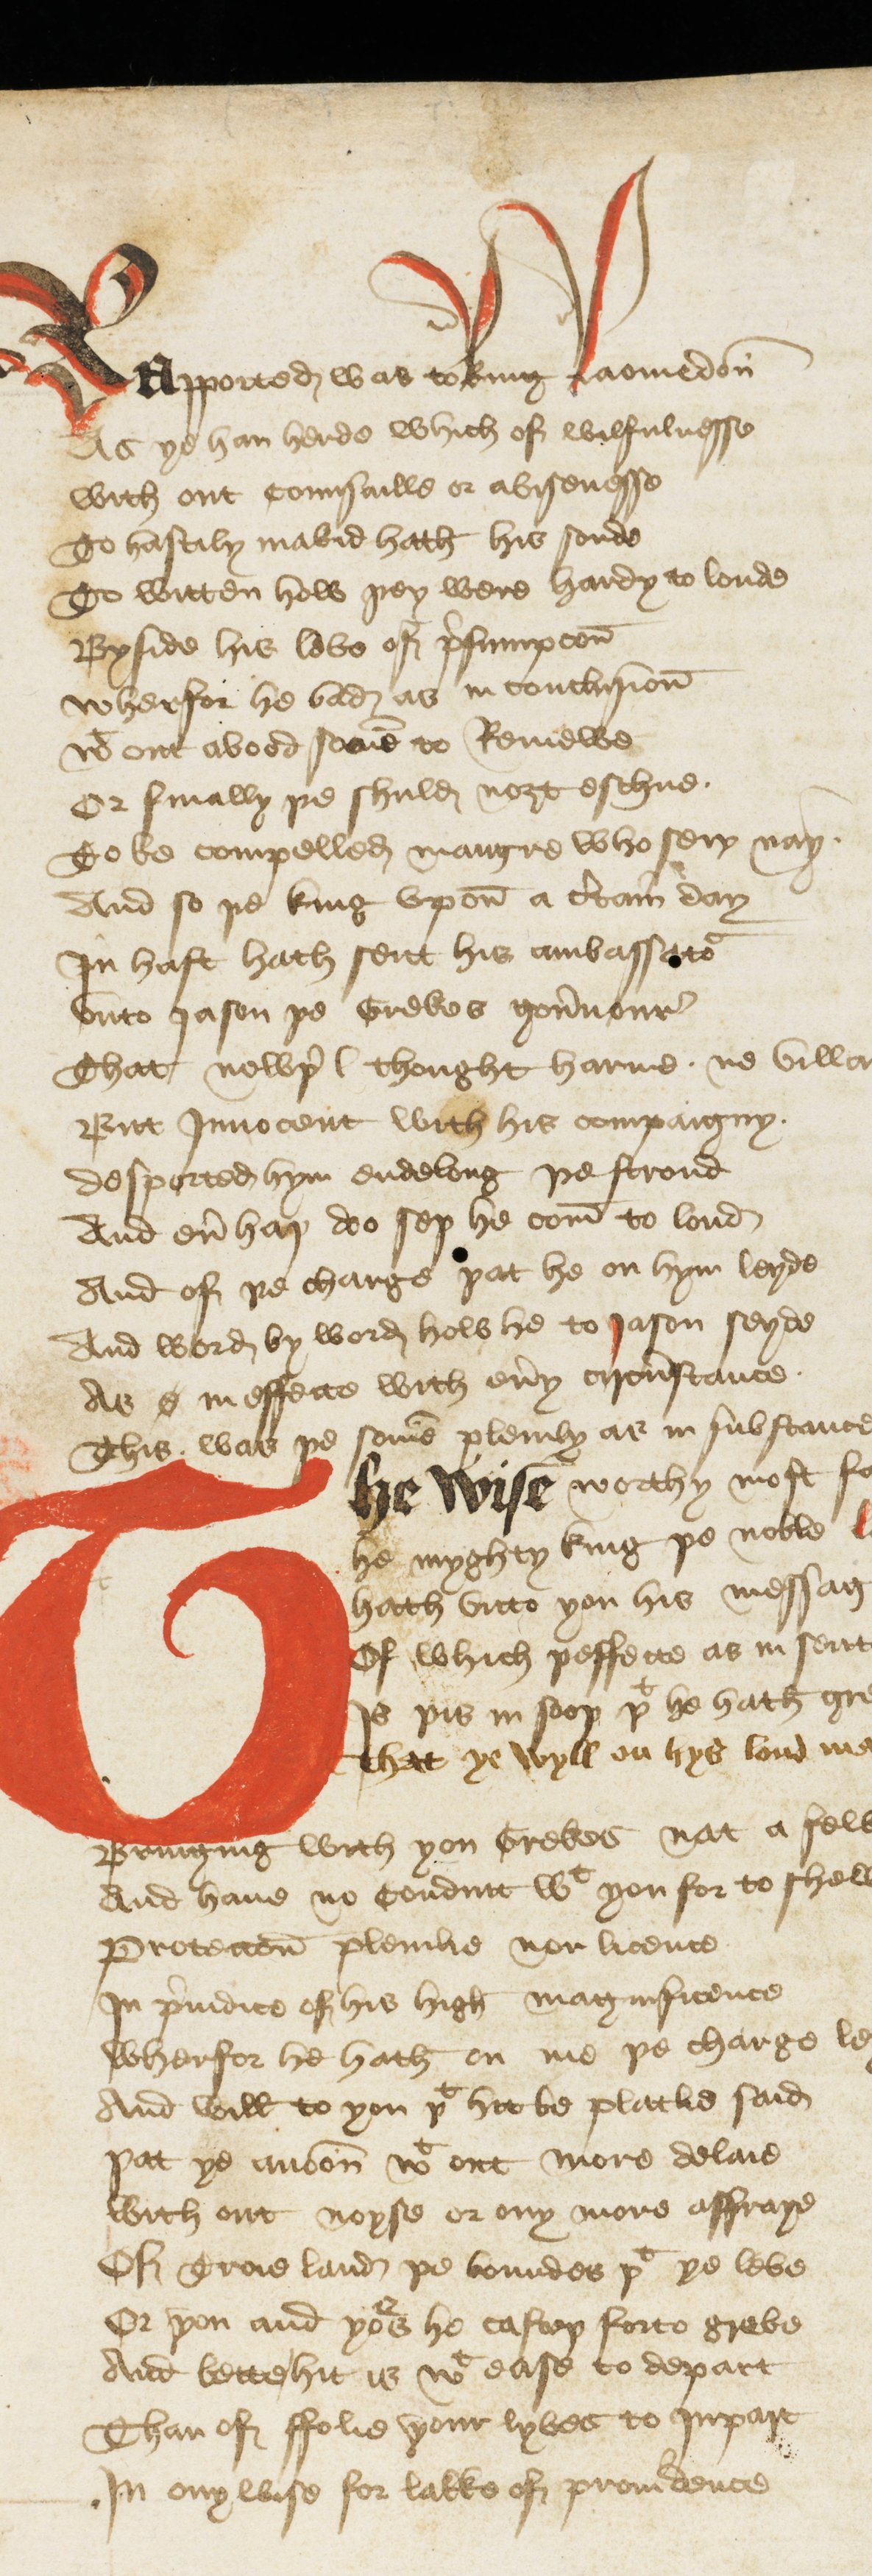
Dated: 1440–1460